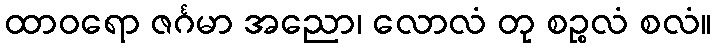
ထာဝရော ဇင်္ဂမာ အညော၊ လောလံ တု စဉ္စလံ စလံ။